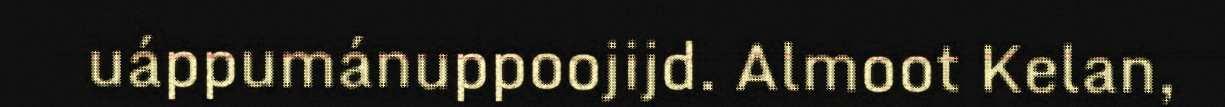
uáppumánuppoojijd. Almoot Kelan,